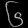
Digit: ၆